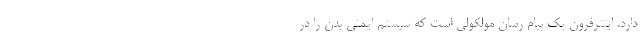
دارد. اینترفرون یک پیام رسان مولکولی است که سیستم ایمنی بدن را در